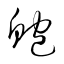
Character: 鮑